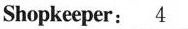
Shopkeeper:\underline{4}